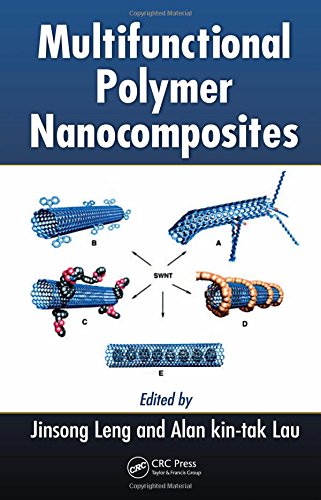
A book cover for Multifunctional Polymer Nanocomposites; Crafts, Hobbies & Home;